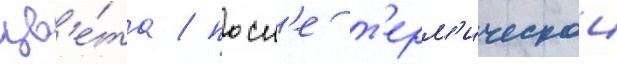
цв'е́та / посл'е т'ерм'ическои